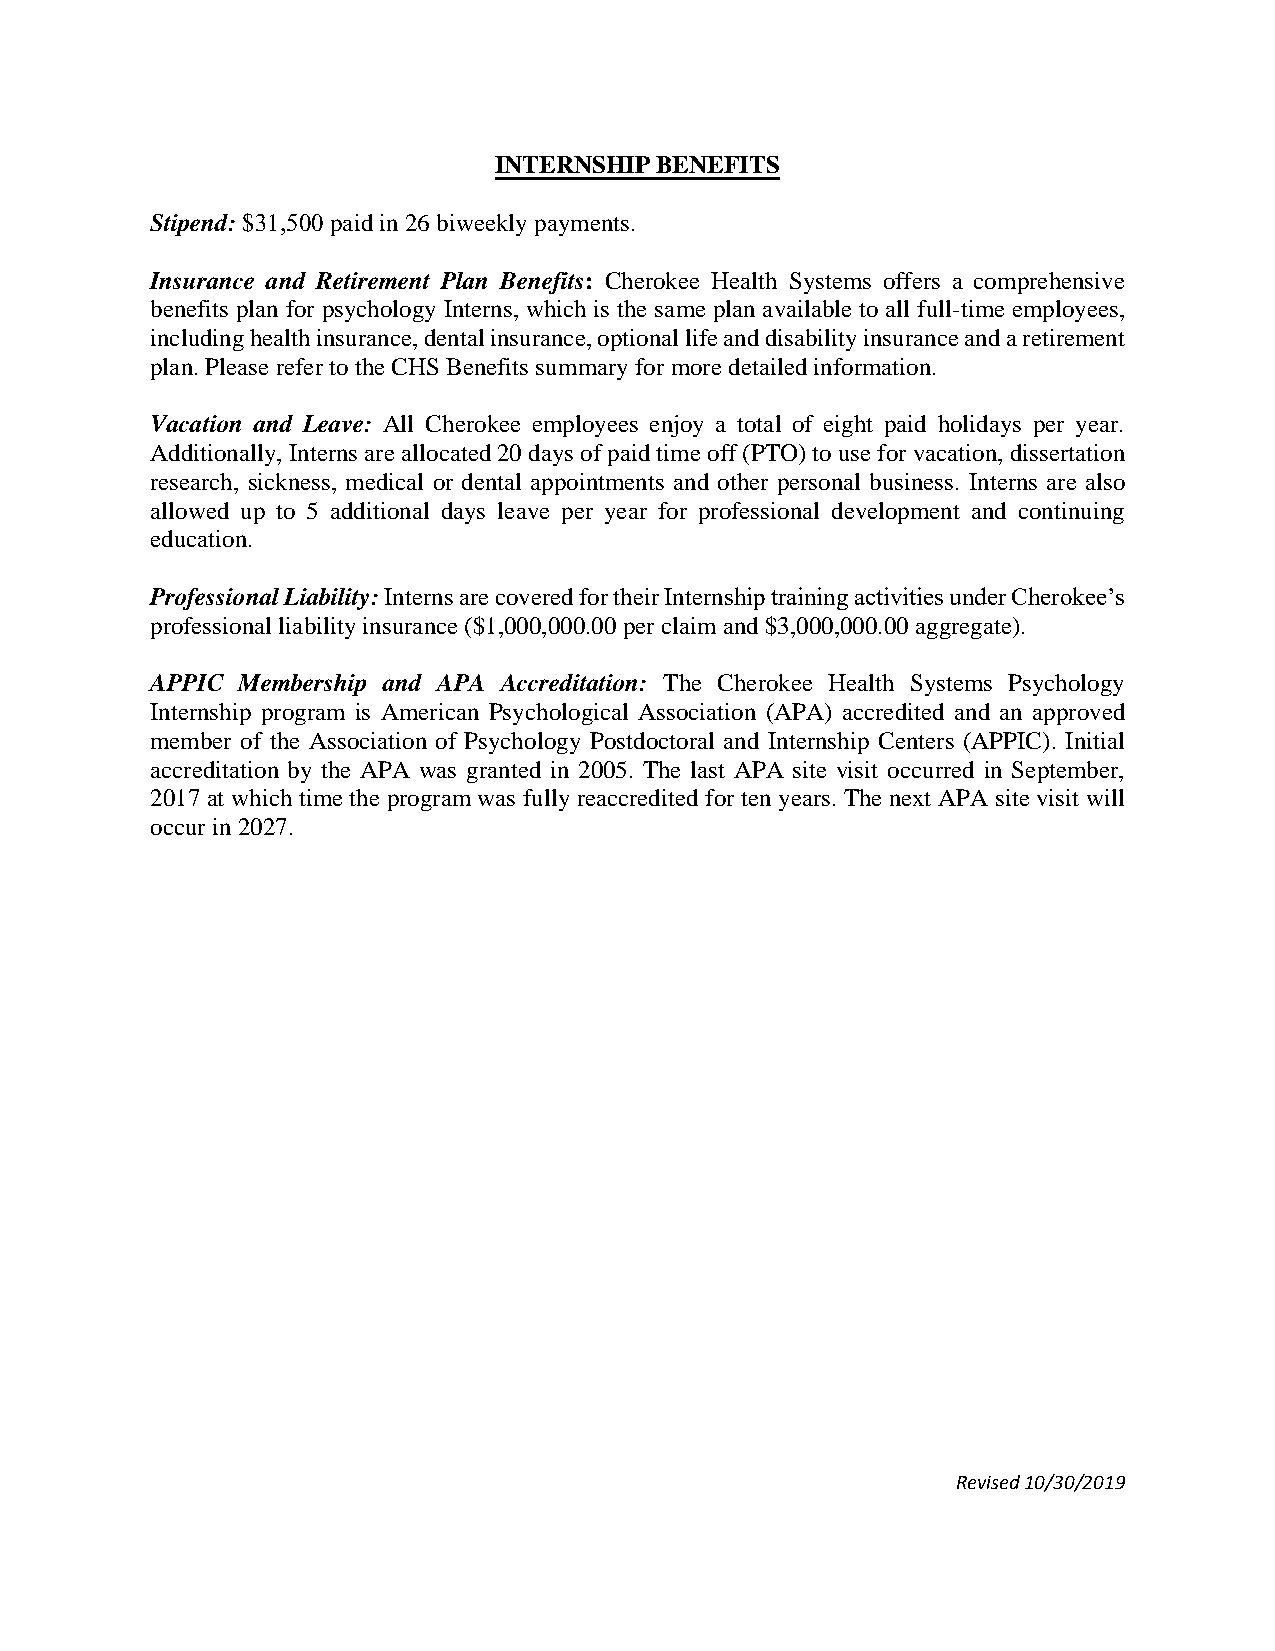
INTERNSHIP BENEFITS
 Stipend: $31,500 paid in 26 biweekly payments.
 Insurance and Retirement Plan Benefits: Cherokee Health Systems offers a comprehensive
 benefits plan for psychology Interns, which is the same plan available to all full-time employees,
 including health insurance, dental insurance, optional life and disability insurance and a retirement
 plan. Please refer to the CHS Benefits summary for more detailed information.
 Vacation and Leave: All Cherokee employees enjoy a total of eight paid holidays per year.
 Additionally, Interns are allocated 20 days of paid time off (PTO) to use for vacation, dissertation
 research, sickness, medical or dental appointments and other personal business. Interns are also
 allowed up to 5 additional days leave per year for professional development and continuing
 education.
 Professional Liability: Interns are covered for their Internship training activities under Cherokee’s
 professional liability insurance ($1,000,000.00 per claim and $3,000,000.00 aggregate).
 APPIC Membership and APA Accreditation: The Cherokee Health Systems Psychology
 Internship program is American Psychological Association (APA) accredited and an approved
 member of the Association of Psychology Postdoctoral and Internship Centers (APPIC). Initial
 accreditation by the APA was granted in 2005. The last APA site visit occurred in September,
 2017 at which time the program was fully reaccredited for ten years. The next APA site visit will
 occur in 2027.
 Revised 10/30/2019